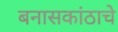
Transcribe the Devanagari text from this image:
बनासकांठाचे